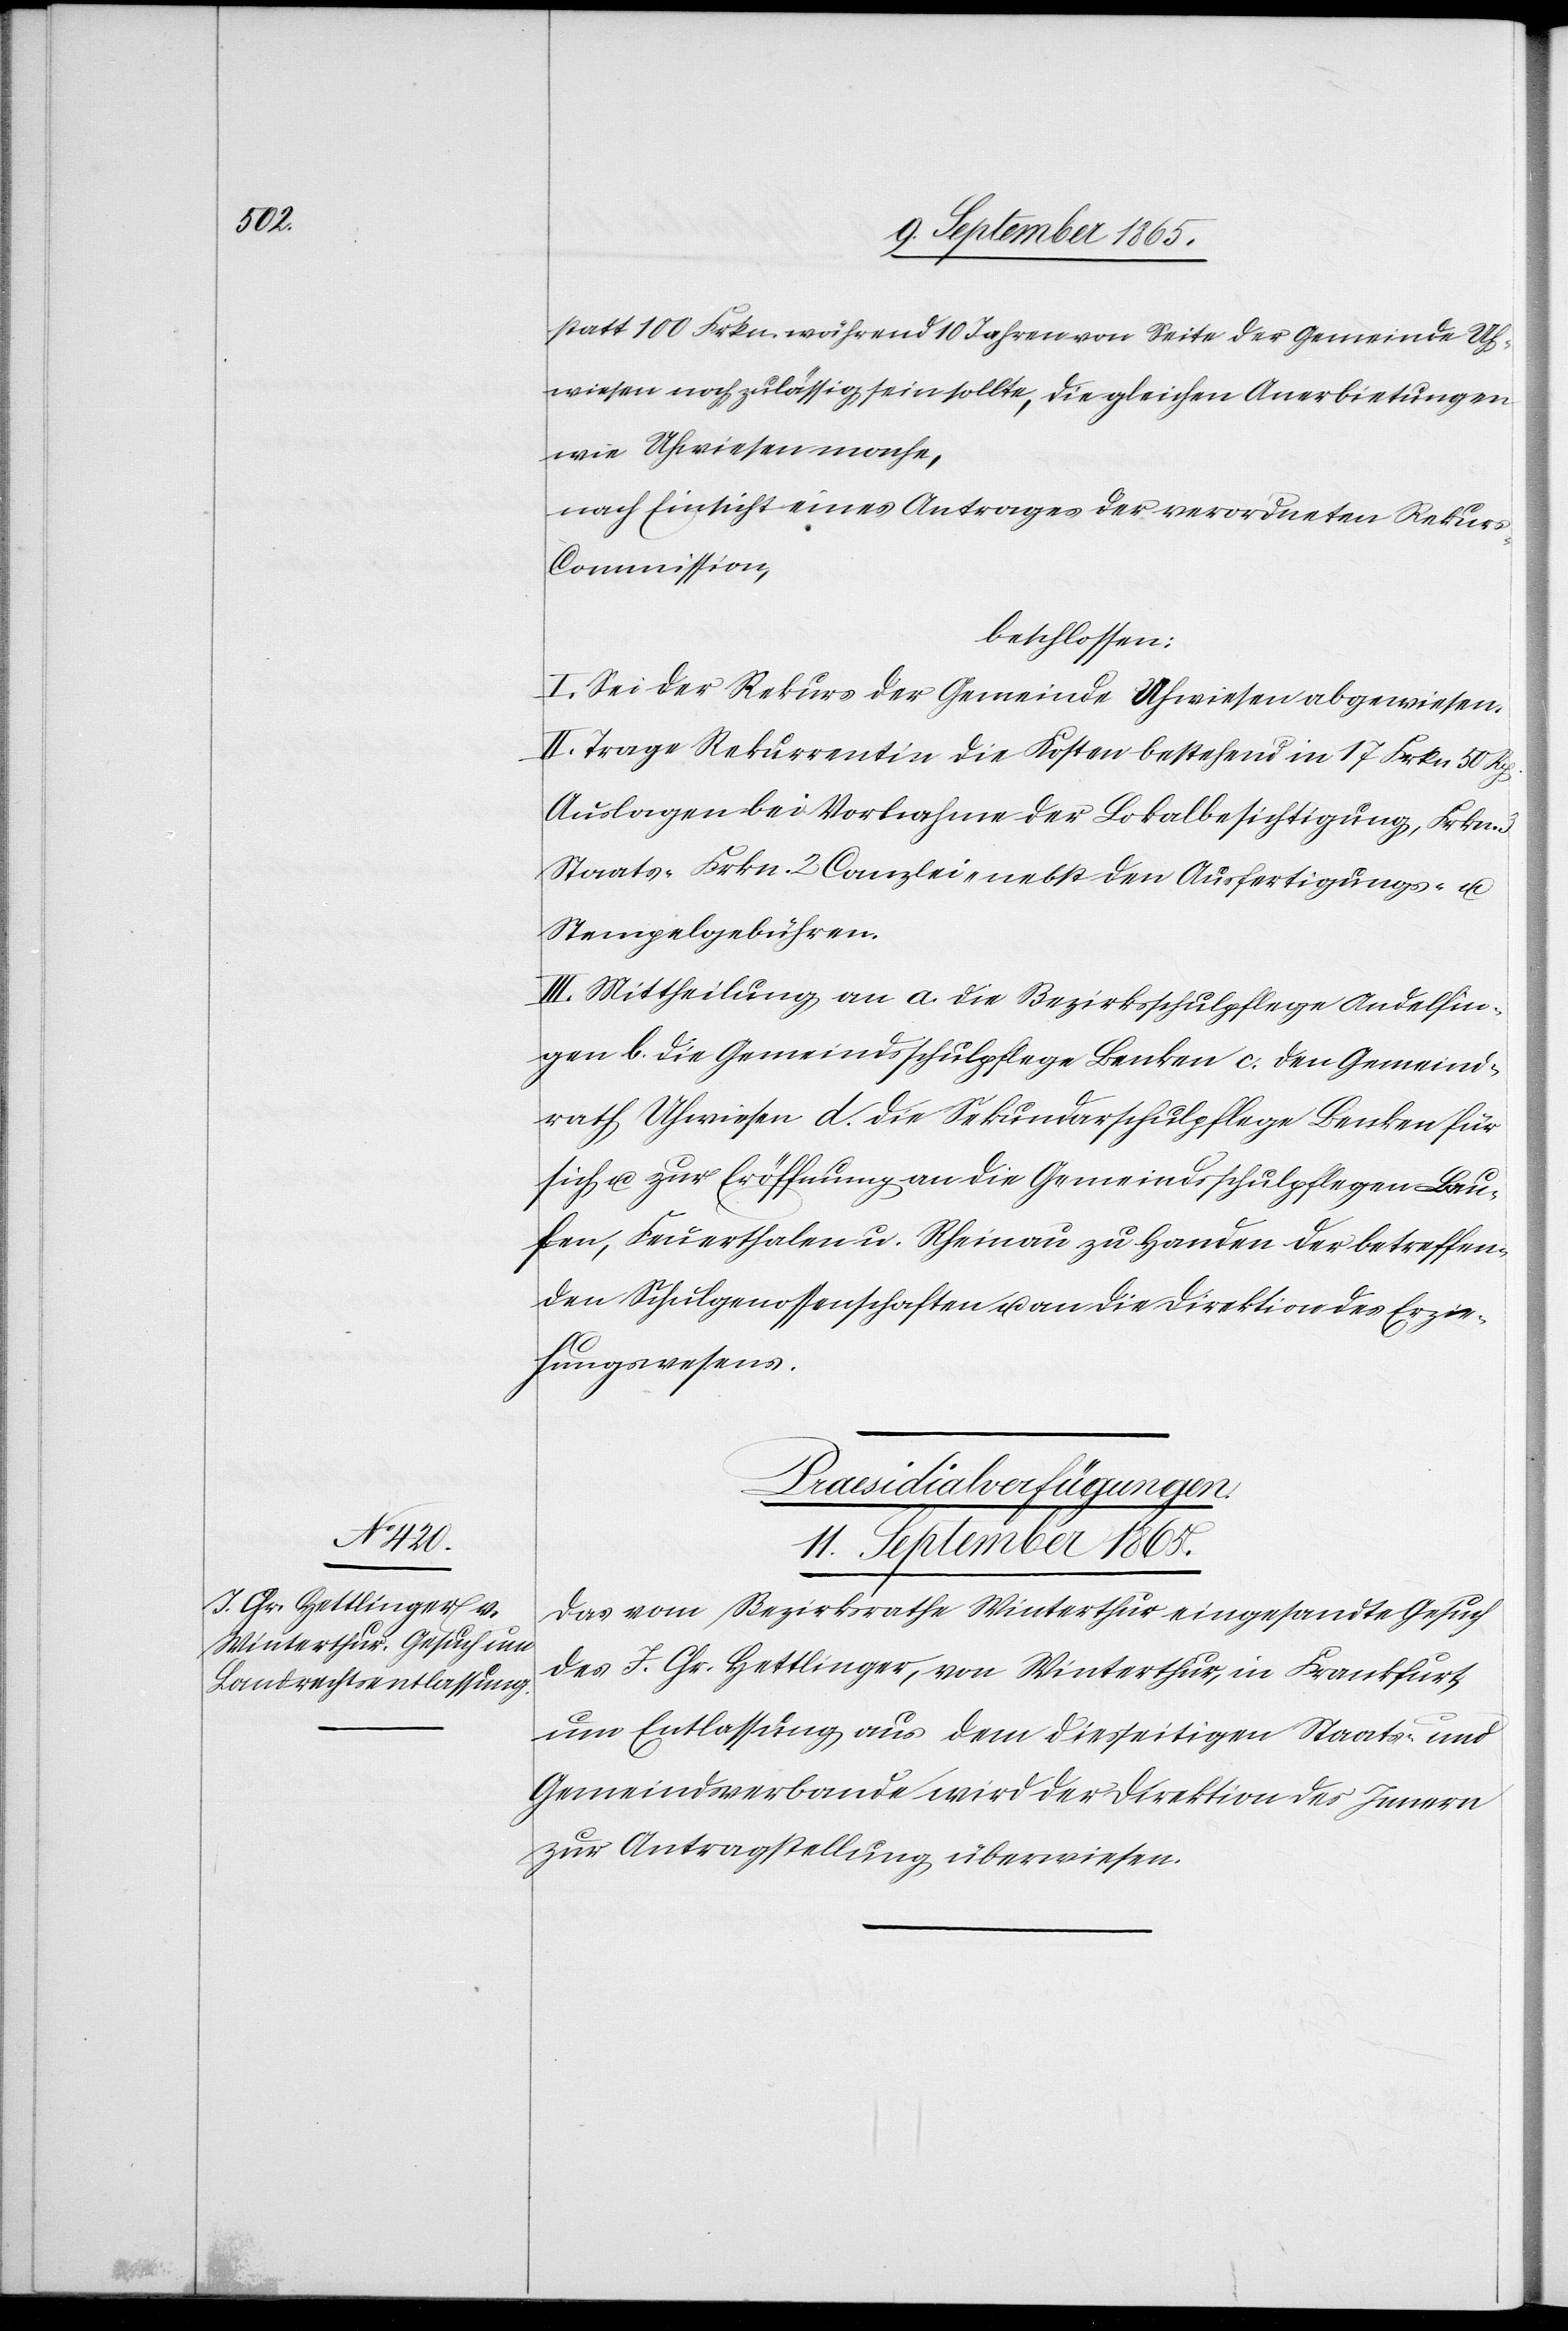
11. September 1865.
statt 100 Frkn. während 10 Jahren von Seite der Gemeinde Uh¬
wiesen noch zulässig sein sollte, die gleichen Anerbietungen
wie Uhwiesen mache,
nach Einsicht eines Antrages der verordneten Rekur¬
s-Commission,
beschlossen:
I. Sei der Rekurs der Gemeinde Uhwiesen abgewiesen.
II. Trage Rekurrentin die Kosten bestehend in 17 Frkn. 50 Rp.
Auslagen bei Vornahme der Lokalbesichtigung, Frkn.
Staats-[,] Frkn. 2 Canzlei- nebst den Ausfertigungs- u.
Stempelgebühren.
III. Mittheilung an a. die Bezirksschulpflege Andelfin¬
gen b. die Gemeindsschulpflege Benken c. den Gemeind¬
rath Uhwiesen d. die Sekundarschulpflege Benken für
sich u. zur Eröffnung an die Gemeindsschulpflegen Lau¬
fen, Feuerthalen u. Rheinau zu Handen der betreffen¬
den Schulgenossenschaften u. an die Direktion des Erzie¬
hungswesens.
Praesidialverfügungen.
Das vom Bezirksrathe Winterthur eingesandte Gesuch
des J. Chr. Hettlinger, von Winterthur, in Frankfurt,
um Entlassung aus dem diesseitigen Staats- und
Gemeindsverbande wird der Direktion des Innern
zur Antragstellung überwiesen.